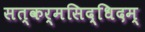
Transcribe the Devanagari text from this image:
सत्कर्मसिद्धिदम्